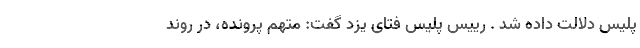
پلیس دلالت داده شد . رییس پلیس فتای یزد گفت: متهم پرونده، در روند